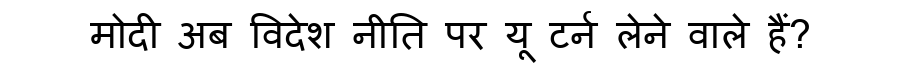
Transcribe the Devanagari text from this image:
मोदी अब विदेश नीति पर यू टर्न लेने वाले हैं?